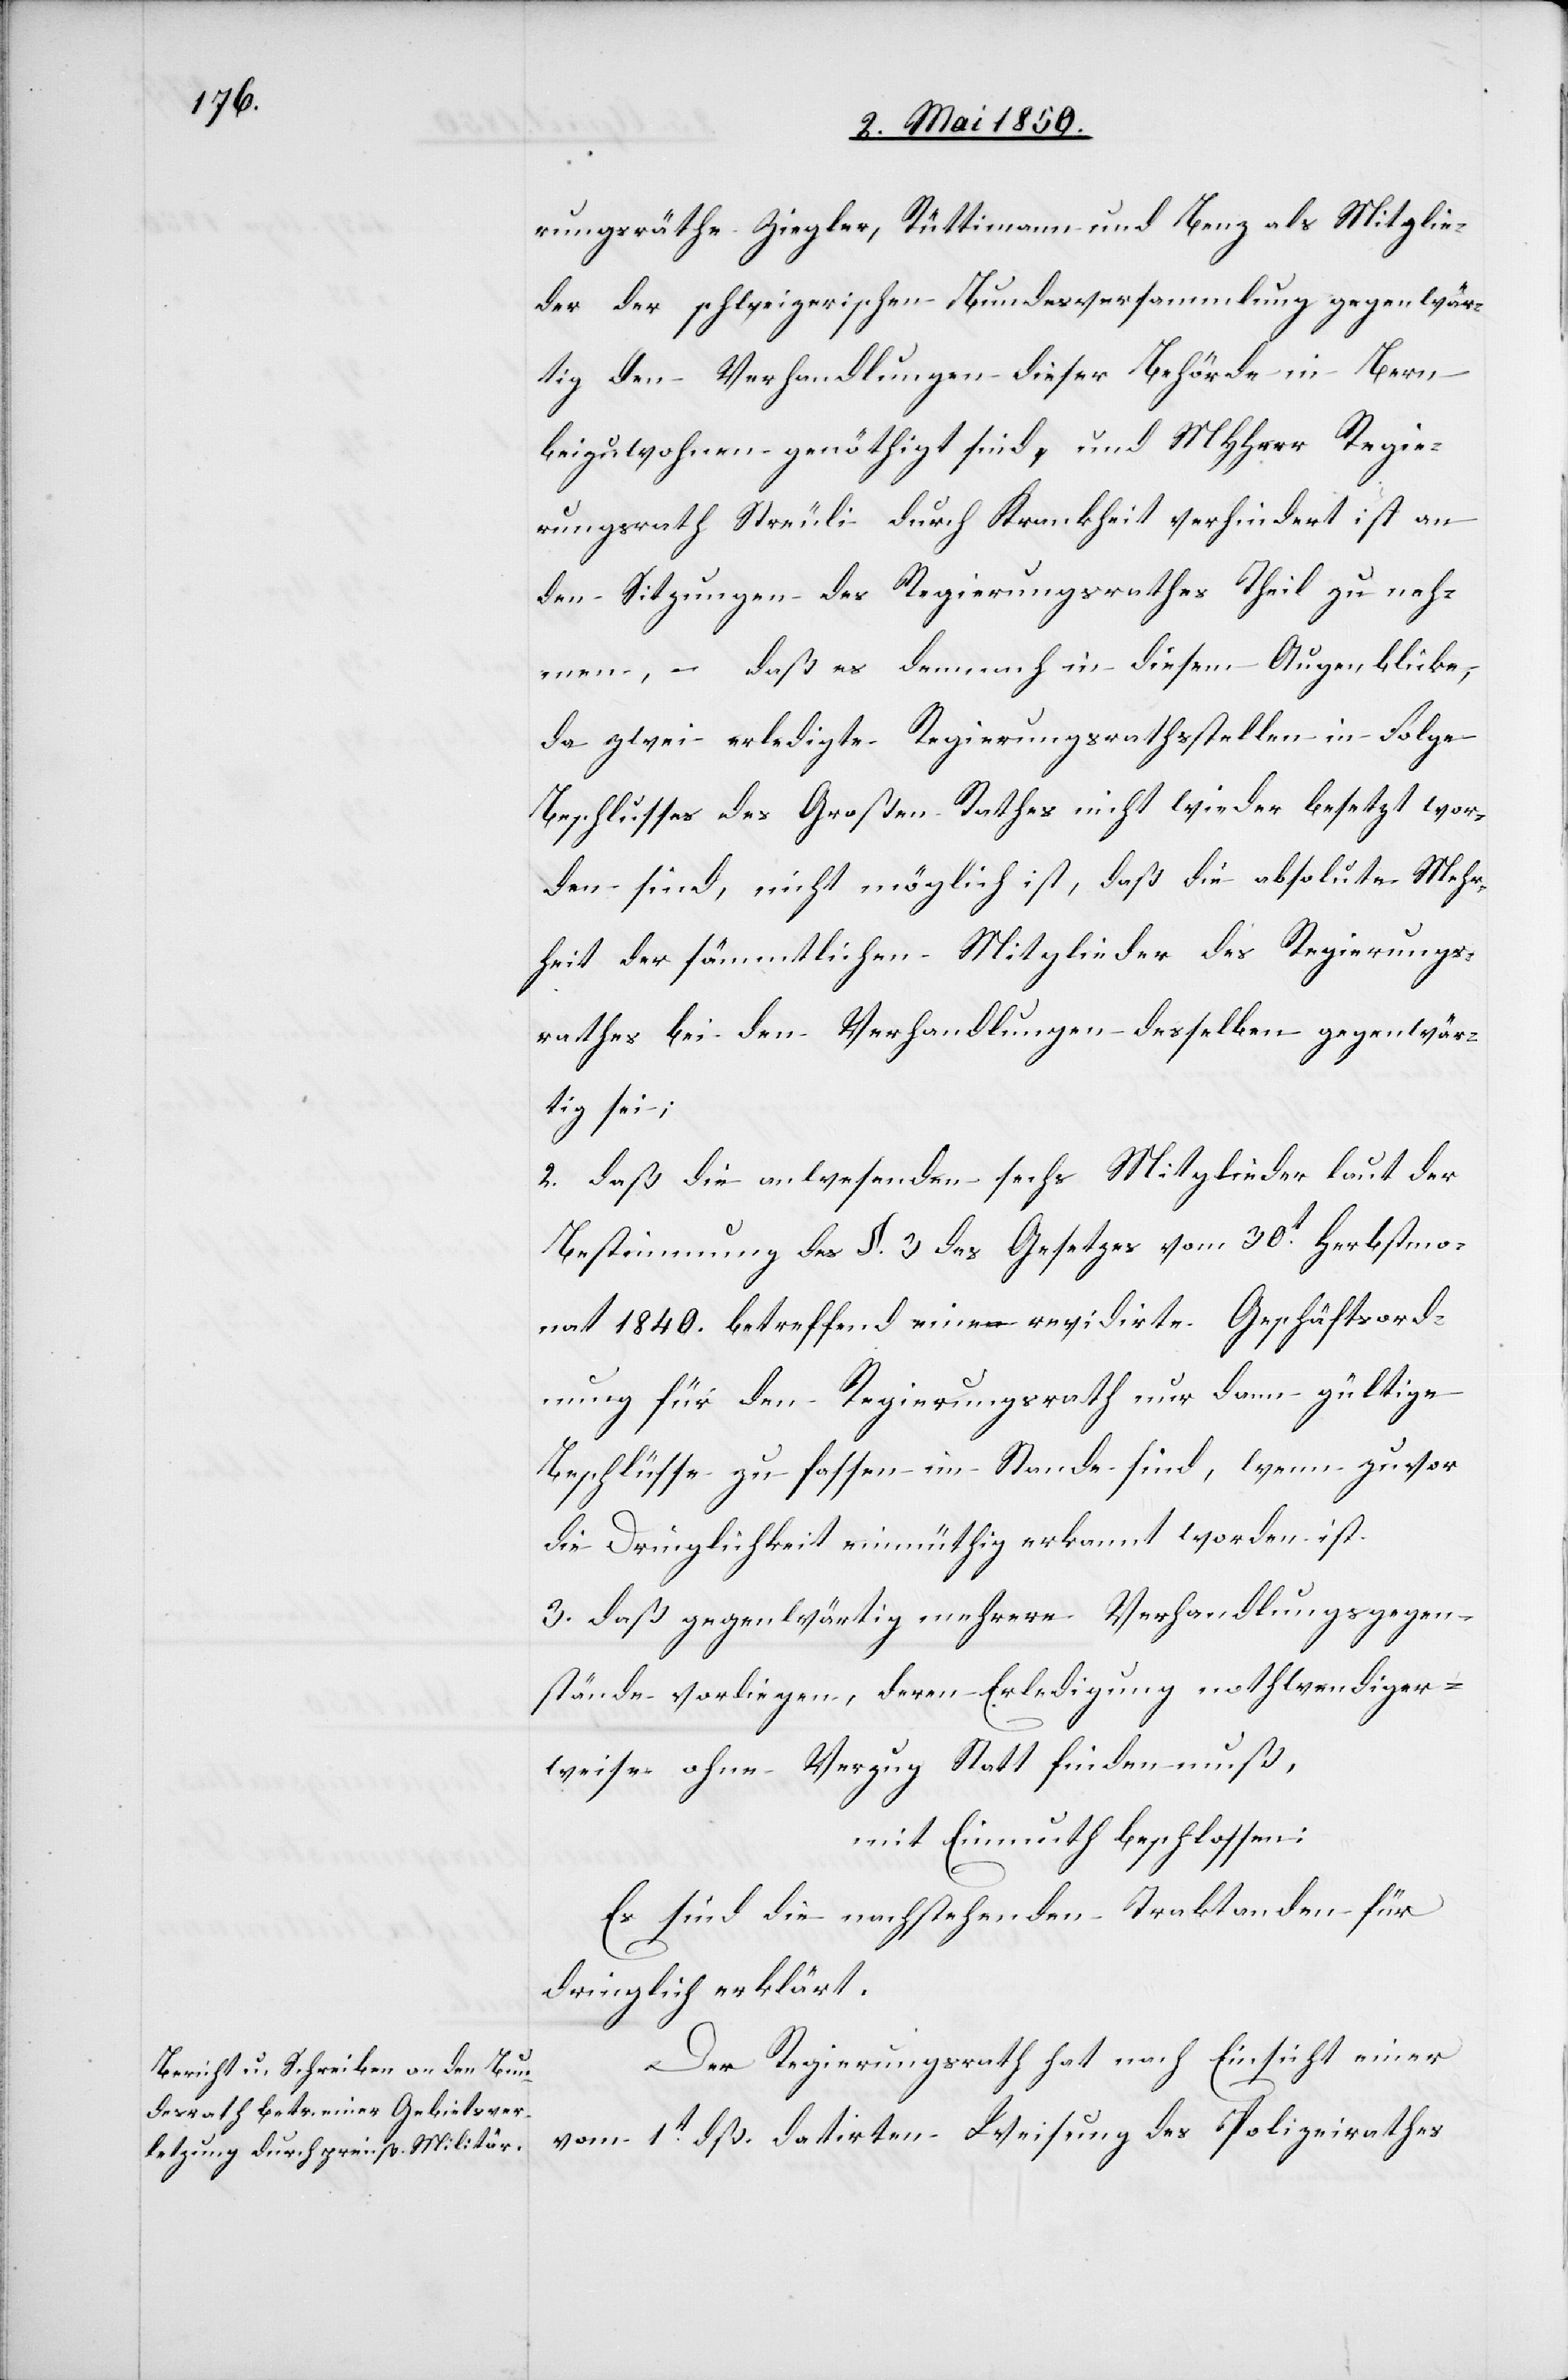
rungsräthe Ziegler, Rüttimann und Benz als Mitglie¬
der der schweizerischen Bundesversammlung gegenwär¬
tig den Verhandlungen dieser Behörde in Bern
beizuwohnen genöthigt sind, und MHHerr Regie¬
rungsrath Streuli durch Krankheit verhindert ist an
den Sitzungen des Regierungsrathes Theil zu neh¬
men, – daß es demnach in diesem Augenblicke,
da zwei erledigte Regierungsrathsstellen in Folge
Beschlusses des Großen Rathes nicht wieder besetzt wor¬
den sind, nicht möglich ist, daß die absolute Mehr¬
heit der sämmtlichen Mitglieder des Regierungs¬
rathes bei den Verhandlungen desselben gegenwär¬
tig sei;
2. daß die anwesenden sechs Mitglieder laut der
Bestimmung des §. 3 des Gesetzes vom 30t Herbstmo¬
nat 1840. betreffend eine revidirte Geschäftsord¬
nung für den Regierungsrath nur dann gültige
Beschlüsse zu fassen im Stande sind, wenn zuvor
die Dringlichkeit einmüthig erkannt worden ist.
3. daß gegenwärtig mehrere Verhandlungsgegen¬
stände vorliegen, deren Erledigung nothwendiger¬
weise ohne Verzug Statt finden muß,
mit Einmuth beschlossen:
Es sind die nachstehenden Traktanden für
dringlich erklärt.
Der Regierungsrath hat nach Einsicht einer
vom 1t dß. datirten Weisung des Polizeirathes